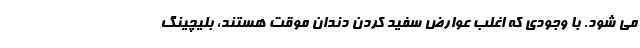
می شود. با وجودی که اغلب عوارض سفید کردن دندان موقت هستند، بلیچینگ